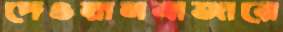
দেওয়ানবাজারে